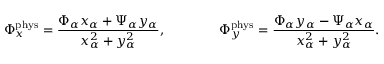
\Phi _ { x } ^ { \mathrm { p h y s } } = \frac { \Phi _ { \alpha } x _ { \alpha } + \Psi _ { \alpha } y _ { \alpha } } { x _ { \alpha } ^ { 2 } + y _ { \alpha } ^ { 2 } } , \qquad \qquad \Phi _ { y } ^ { \mathrm { p h y s } } = \frac { \Phi _ { \alpha } y _ { \alpha } - \Psi _ { \alpha } x _ { \alpha } } { x _ { \alpha } ^ { 2 } + y _ { \alpha } ^ { 2 } } .